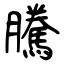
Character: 騰